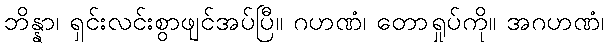
ဘိန္နာ၊ ရှင်းလင်းစွာဖျင်အပ်ပြီ။ ဂဟဏံ၊ တောရှုပ်ကို။ အဂဟဏံ၊